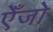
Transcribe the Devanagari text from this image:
एँजो